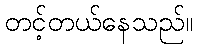
တင့်တယ်နေသည်။